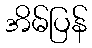
အိမ်ပြန်